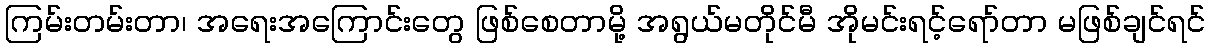
ကြမ်းတမ်းတာ၊ အရေးအကြောင်းတွေ ဖြစ်စေတာမို့ အရွယ်မတိုင်မီ အိုမင်းရင့်ရော်တာ မဖြစ်ချင်ရင်